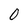
Character: 0